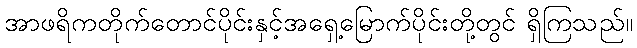
အာဖရိကတိုက်တောင်ပိုင်းနှင့်အရှေ့မြောက်ပိုင်းတို့တွင် ရှိကြသည်။